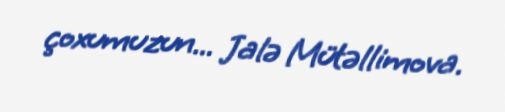
çoxumuzun... Jalə Mütəllimova.